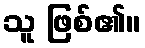
သူ ဖြစ်၏။